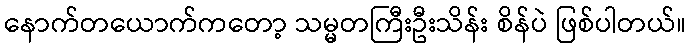
နောက်တယောက်ကတော့ သမ္မတကြီးဦးသိန်း စိန်ပဲ ဖြစ်ပါတယ်။